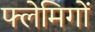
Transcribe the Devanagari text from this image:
फ्लेमिगों